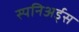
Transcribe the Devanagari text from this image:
स्पनिअर्ड्स